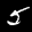
Label: 5